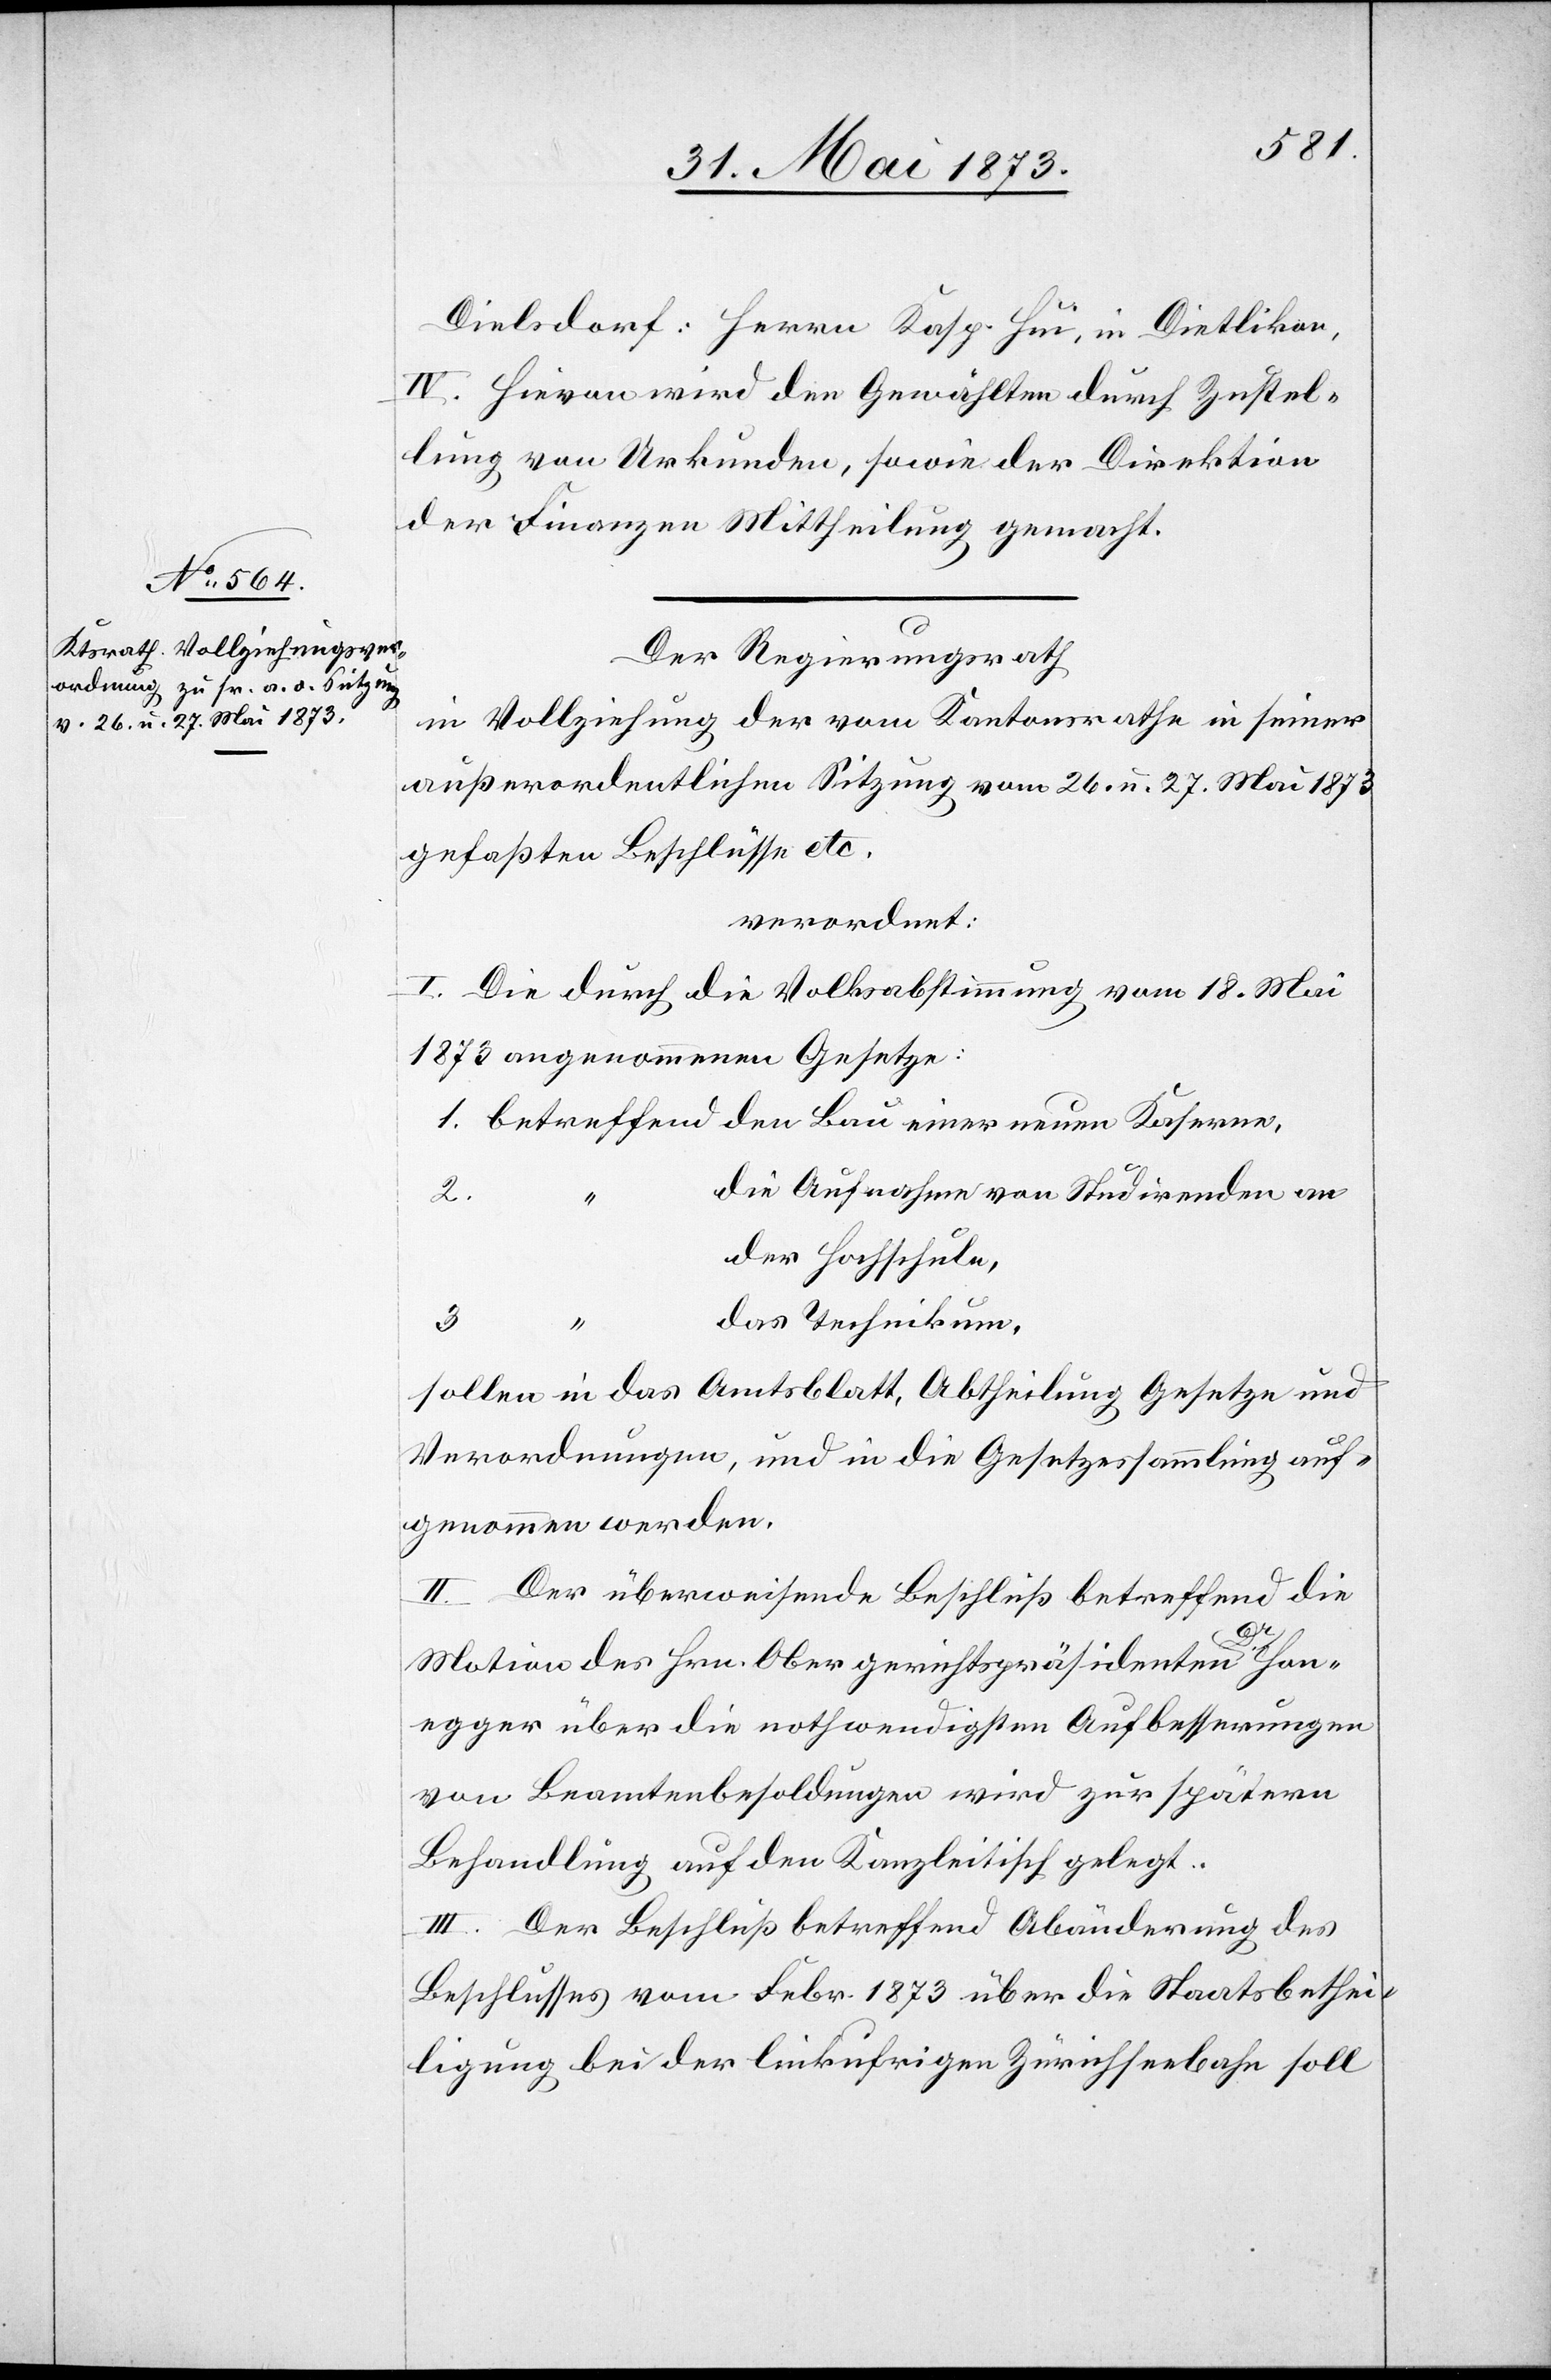
IV. Hievon wird den Gewählten durch Zustel¬
lung von Urkunden, sowie der Direktion
der Finanzen Mittheilung gemacht.
Der Regierungsrath
in Vollziehung der vom Kantonsrathe in seiner
außerordentlichen Sitzung vom 26. u. 27. Mai 1873
gefaßten Beschlüsse etc.
verordnet:
I. Die durch die Volksabstimmung vom 18. Mai
1873 angenommenen Gesetze:
1. betreffend den Bau einer neuen Kaserne,
die Aufnahme von Studirenden an
2.
der Hochschule,
das Technikum,
3.
sollen in das Amtsblatt, Abtheilung Gesetze und
Verordnungen, und in die Gesetzessammlung auf¬
genommen werden.
II. Der überweisende Beschluß betreffend die
likon,
Motion des Hrn. Obergerichtspräsidenten Dr Hon¬
egger über die notwendigsten Aufbesserungen
von Beamtenbesoldungen wird zur spätern
Behandlung auf den Kanzleitisch gelegt.
III. Der Beschluß betreffend Abänderung des
Beschlusses vom Febr. 1873 über die Staatsbethei¬
ligung bei der linkufrigen Zürichseebahn soll